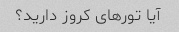
آیا تورهای کروز دارید؟